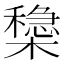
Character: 𣝟